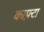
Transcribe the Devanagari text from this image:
काफ़्टा